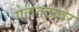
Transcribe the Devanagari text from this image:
ऐलतटावर